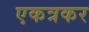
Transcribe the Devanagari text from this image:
एकत्रकर